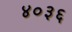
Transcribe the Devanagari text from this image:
४०३६